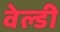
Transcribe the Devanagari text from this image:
वेल्डी